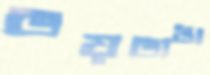
ভয়ভাঙা